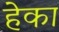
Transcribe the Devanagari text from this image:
हेका